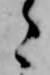
こ